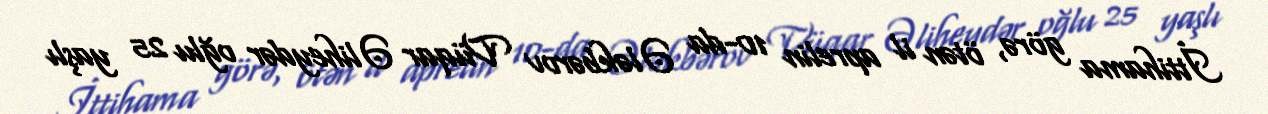
İttihama görə, ötən il aprelin 10-da Ələkbərov Vüqar Əliheydər oğlu 25 yaşlı